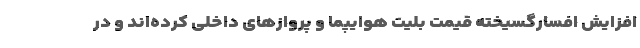
افزایش افسارگسیخته قیمت بلیت هوایپما و پروازهای داخلی کرده‌اند و در